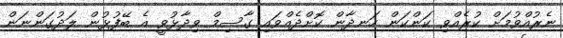
ނެރުއްވުމަށް ކުރެއްވި ކަންކަން ހަނދާން ކޮށްދެއްވައި ގާސިމް ވިދާޅުވީ އެ ބޭފުޅުން ލަދުގަންނަން